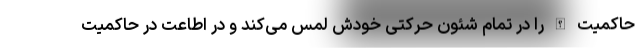
حاکمیت الله را در تمام شئون حرکتی خودش لمس می‌کند و در اطاعت در حاکمیت